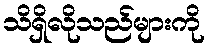
သိရှိလိုသည်များကို